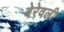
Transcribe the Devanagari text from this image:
बेरेवली